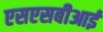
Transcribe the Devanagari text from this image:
एसएसबीआई